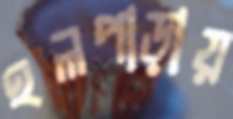
হলপাড়ায়